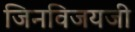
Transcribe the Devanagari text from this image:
जिनविजयजी